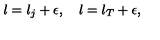
l = l _ { j } + \epsilon , \quad l = l _ { T } + \epsilon ,